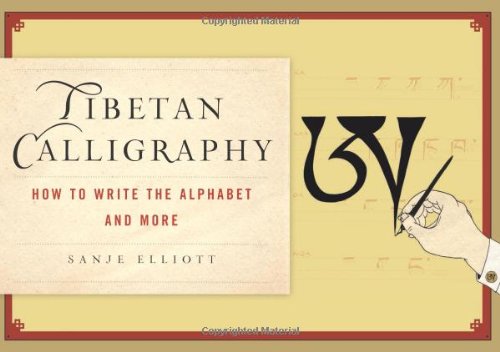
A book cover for Tibetan Calligraphy: How to Write the Alphabet and More; Sanje Elliott; Arts & Photography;